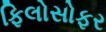
ફિલોસોફર